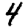
Digit: 4